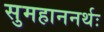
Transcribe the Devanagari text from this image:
सुमहाननर्थः